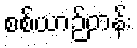
စစ်ယာဉ်တန်း